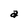
Character: a